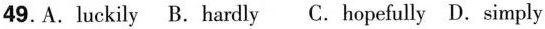
49. A. luckily B. hardly C. hopefully D. simply